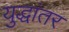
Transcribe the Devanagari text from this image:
युद्धांतर